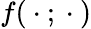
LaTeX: f({}\cdot{};{}\cdot{})